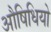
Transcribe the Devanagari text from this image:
औषिधियो